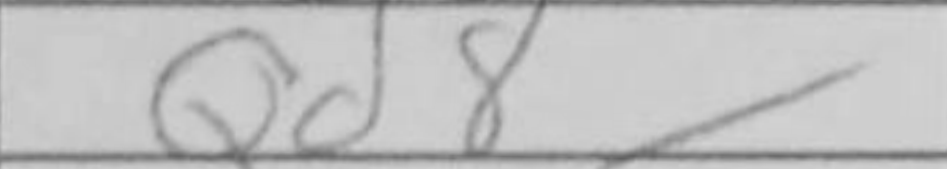
Transcription: Qd8